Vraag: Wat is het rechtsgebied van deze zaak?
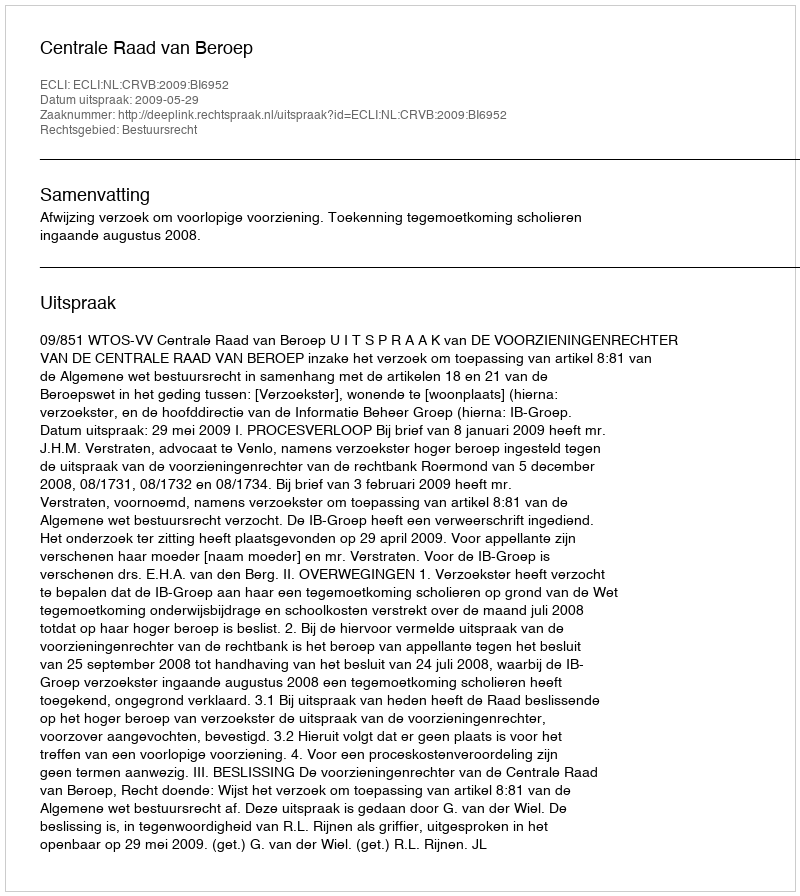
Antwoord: Bestuursrecht